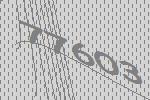
77603